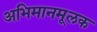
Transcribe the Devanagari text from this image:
अभिमानमूलक